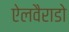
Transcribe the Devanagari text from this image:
ऐलवैराडो